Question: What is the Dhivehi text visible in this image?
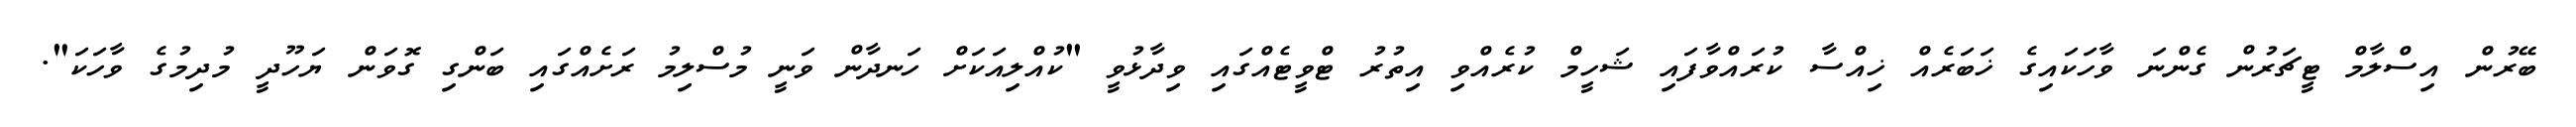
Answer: ބޭރުން އިސްލާމް ޓީޗަރުން ގެންނަ ވާހަކައިގެ ޚަބަރެއް ޚިއްސާ ކުރައްވާފައި ޝަހީމް ކުރެއްވި އިތުރު ޓްވީޓެއްގައި ވިދާޅުވީ "ކުއްލިއަކަށް ހަނދާން ވަނީ މުސްލިމު ރަށެއްގައި ބަންގި ގޮވަން ޔަހޫދީ މުދިމުގެ ވާހަކަ".